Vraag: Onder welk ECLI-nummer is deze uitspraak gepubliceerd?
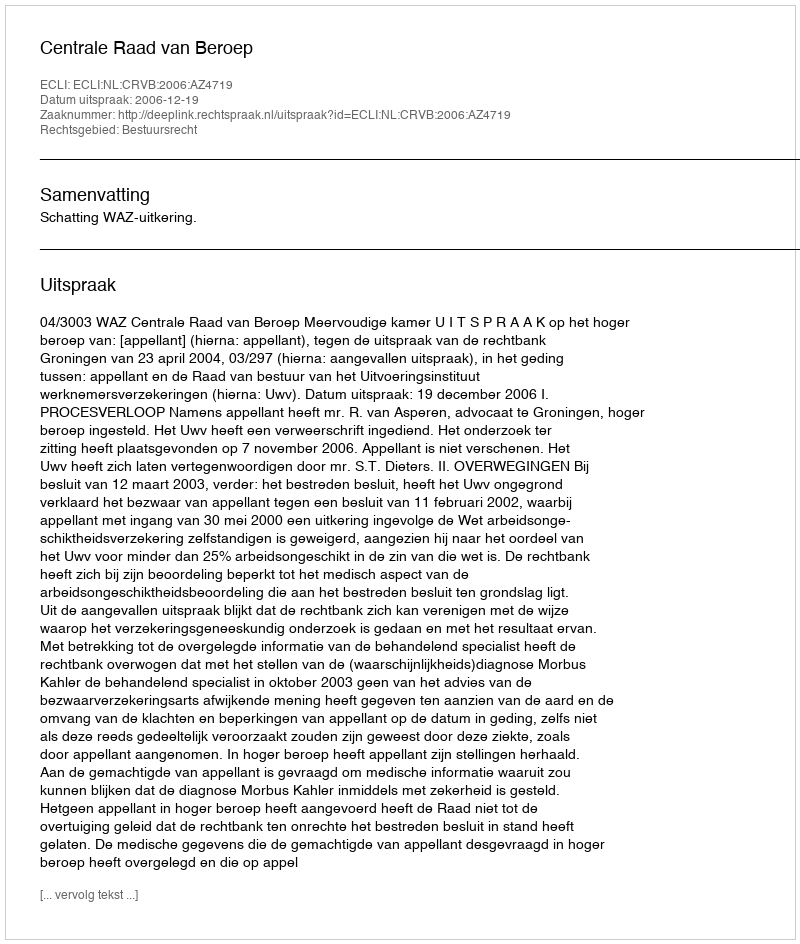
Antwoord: ECLI:NL:CRVB:2006:AZ4719